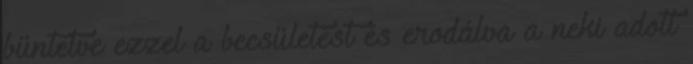
büntetve ezzel a becsületest és erodálva a neki adott